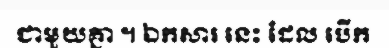
ជាមួយគ្នា ។ ឯកសារ នេះ ដែល បើក